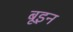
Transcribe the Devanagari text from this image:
बूइन